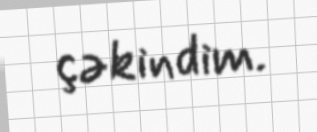
çəkindim.